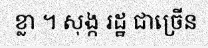
ខ្លា ។ សុង្ក រដ្ឋ ជាច្រើន